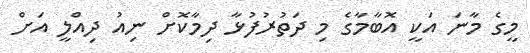
މީގެ މާނަ އަކީ އޮބާމާގެ މި ދަތުރުފުޅާ ދިމާކޮށް ނިއު ދިއްލީ އަށް